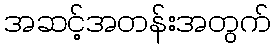
အဆင့်အတန်းအတွက်